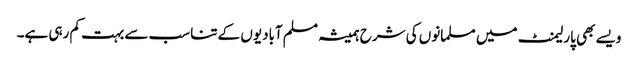
ویسے بھی پارلیمنٹ میں مسلمانوں کی شرح ہمیشہ مسلم آبادیوں کے تناسب سے بہت کم رہی ہے۔